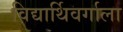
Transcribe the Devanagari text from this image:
विद्यार्थिवर्गाला